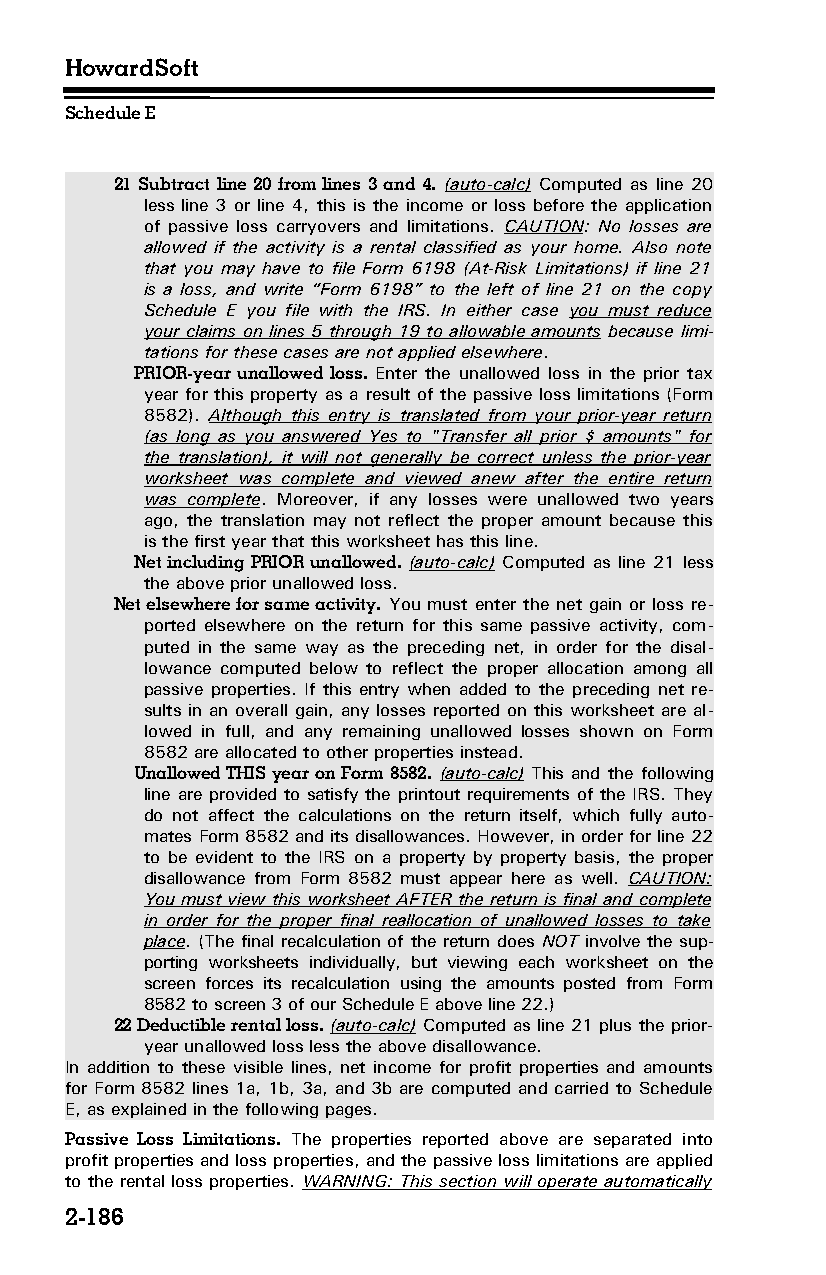
HowardSoft
 Schedule E
 21 Subtract line 20 from lines 3 and 4. (auto-calc) Computed as line 20
 less line 3 or line 4, this is the income or loss before the application
 of passive loss carryovers and limitations. CAUTION: No losses are
 allowed if the activity is a rental classified as your home. Also note
 that you may have to file Form 6198 (At-Risk Limitations) if line 21
 is a loss, and write “Form 6198” to the left of line 21 on the copy
 Schedule E you file with the IRS. In either case you must reduce
 your claims on lines 5 through 19 to allowable amounts because limi­
 tations for these cases are not applied elsewhere.
 PRIOR-year unallowed loss. Enter the unallowed loss in the prior tax
 year for this property as a result of the passive loss limitations (Form
 8582). Although this entry is translated from your prior-year return
 (as long as you answered Yes to "Transfer all prior $ amounts" for
 the translation), it will not generally be correct unless the prior-year
 worksheet was complete and viewed anew after the entire return
 was complete. Moreover, if any losses were unallowed two years
 ago, the translation may not reflect the proper amount because this
 is the first year that this worksheet has this line.
 Net including PRIOR unallowed. (auto-calc) Computed as line 21 less
 the above prior unallowed loss.
 Net elsewhere for same activity. You must enter the net gain or loss re­
 ported elsewhere on the return for this same passive activity, com­
 puted in the same way as the preceding net, in order for the disal­
 lowance computed below to reflect the proper allocation among all
 passive properties. If this entry when added to the preceding net re­
 sults in an overall gain, any losses reported on this worksheet are al­
 lowed in full, and any remaining unallowed losses shown on Form
 8582 are allocated to other properties instead.
 Unallowed THIS year on Form 8582. (auto-calc) This and the following
 line are provided to satisfy the printout requirements of the IRS. They
 do not affect the calculations on the return itself, which fully auto­
 mates Form 8582 and its disallowances. However, in order for line 22
 to be evident to the IRS on a property by property basis, the proper
 disallowance from Form 8582 must appear here as well. CAUTION:
 You must view this worksheet AFTER the return is final and complete
 in order for the proper final reallocation of unallowed losses to take
 place. (The final recalculation of the return does NOT involve the sup­
 porting worksheets individually, but viewing each worksheet on the
 screen forces its recalculation using the amounts posted from Form
 8582 to screen 3 of our Schedule E above line 22.)
 22 Deductible rental loss. (auto-calc) Computed as line 21 plus the prior-
 year unallowed loss less the above disallowance.
 In addition to these visible lines, net income for profit properties and amounts
 for Form 8582 lines 1a, 1b, 3a, and 3b are computed and carried to Schedule
 E, as explained in the following pages.
 Passive Loss Limitations. The properties reported above are separated into
 profit properties and loss properties, and the passive loss limitations are applied
 to the rental loss properties. WARNING: This section will operate automatically
 2-186